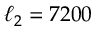
\ell _ { 2 } = 7 2 0 0